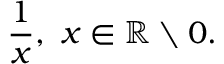
\frac { 1 } { x } , ~ x \in \mathbb { R } \setminus { 0 } .